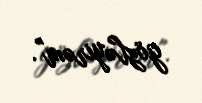
gözləyirəm".